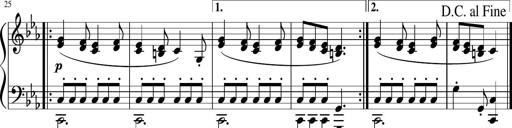
Title: 12 Keyboard Sonatinas
Composer: James Hook